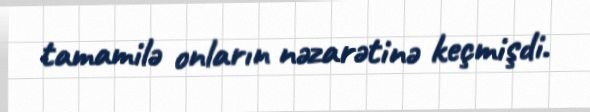
tamamilə onların nəzarətinə keçmişdi.